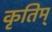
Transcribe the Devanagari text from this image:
कृतिम्